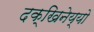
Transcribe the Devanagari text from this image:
दक्खिनेय्यो